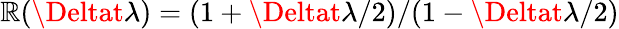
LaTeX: \mathbb{R}(\Deltat\lambda)=(1+\Deltat\lambda/2)/(1-\Deltat\lambda/2)